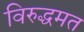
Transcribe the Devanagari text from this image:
विरुद्धमत